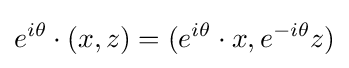
e^{i\theta }\cdot (x,z)=(e^{i\theta }\cdot x,e^{-i\theta }z)